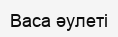
Васа әулеті